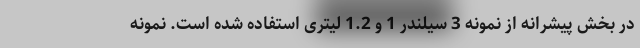
در بخش پیشرانه از نمونه 3 سیلندر 1 و 1.2 لیتری استفاده شده است. نمونه